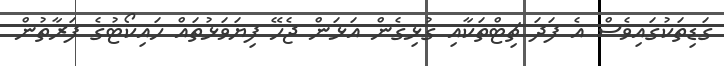
ގަޑިތަކުގައިވެސް އެ ފަދަ ޗިޓްތަކާއި ގުޅިގެން އަޅަން ޖެހޭ ފިޔަވަޅުތައް ހައިކޯޓުގެ ފަރާތުން